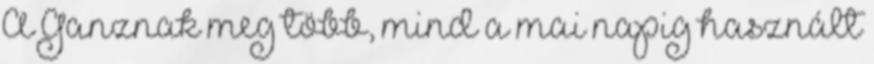
A Ganznak meg több, mind a mai napig használt